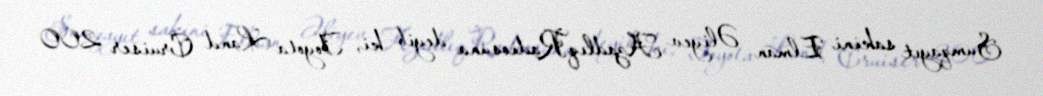
Sumqayıt sakini Elman Əliyev AzadlıqRadiosuna deyib ki, Toyota Land Cruiser 200